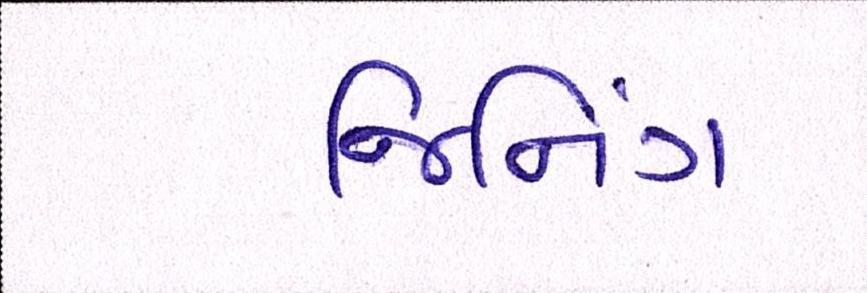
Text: જિનિંગ